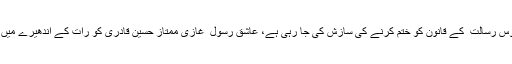
امیر جماعت اسلامی ضلع وسطی منعم ظفر خان نے کہا کہ آج پاکستان کے اندر ناموس رسالت ۖ کے قانون کو ختم کرنے کی سازش کی جا رہی ہے، عاشق رسول ۖ غازی ممتاز حسین قادری کو رات کے اندھیرے میں خاموشی سے پھانسی دے دی گئی لیکن آسیہ ملعون کو آج تک پھانسی نہیں دی گئی۔